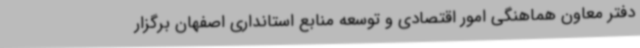
دفتر معاون هماهنگی امور اقتصادی و توسعه منابع استانداری اصفهان برگزار